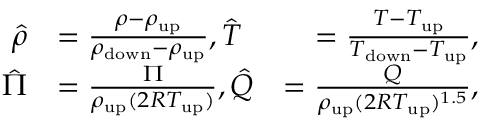
\begin{array} { r l r } { \hat { \rho } } & { = \frac { \rho - \rho _ { \mathrm { { u p } } } } { \rho _ { \mathrm { d o w n } } - \rho _ { \mathrm { { u p } } } } , \hat { T } } & { = \frac { T - T _ { \mathrm { u p } } } { T _ { \mathrm { { d o w n } } } - T _ { \mathrm { u p } } } , } \\ { \hat { \Pi } } & { = \frac { \Pi } { \rho _ { \mathrm { { u p } } } ( 2 R T _ { \mathrm { u p } } ) } , \hat { Q } } & { = \frac { Q } { \rho _ { \mathrm { { u p } } } ( 2 R T _ { \mathrm { u p } } ) ^ { 1 . 5 } } , } \end{array}